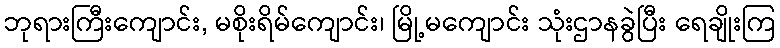
ဘုရားကြီးကျောင်း, မစိုးရိမ်ကျောင်း၊ မြို့မကျောင်း သုံးဌာနခွဲပြီး ရေချိုးကြ